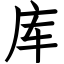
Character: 库